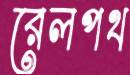
রেলপথ